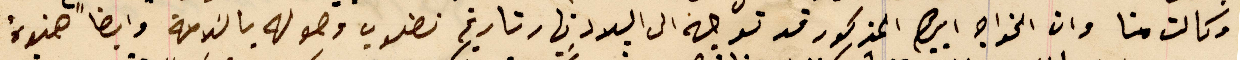
وكالت منا وان الخواجه ابرهيم المذكور قد توجه الى البلاد نهار تاريخه نطلوب وصوله بالسَلامة وايضاً هذه